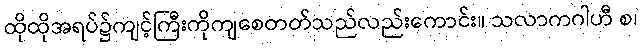
ထိုထိုအရပ်၌ကျင့်ကြီးကိုကျစေတတ်သည်လည်းကောင်း။ သလာကဂါဟီ စ၊